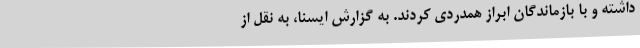
داشته و با بازماندگان ابراز همدردی کردند. به گزارش ایسنا، به نقل از